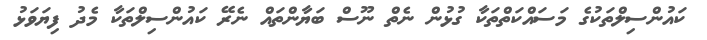
ކައުންސިލްތަކުގެ މަސައްކަތްތަކާ ގުޅުން ނެތް ނޫސް ބަޔާންތައް ނެރޭ ކައުންސިލްތަކާ މެދު ފިޔަވަޅު